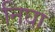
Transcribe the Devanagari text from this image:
निघा